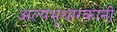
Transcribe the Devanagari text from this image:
अल्पभूधारकांनी